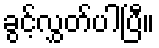
ခွင့်လွှတ်ပါပြီ။